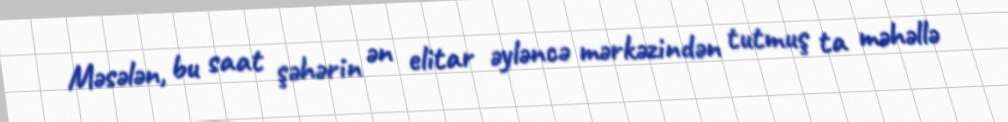
Məsələn, bu saat şəhərin ən elitar əyləncə mərkəzindən tutmuş ta məhəllə